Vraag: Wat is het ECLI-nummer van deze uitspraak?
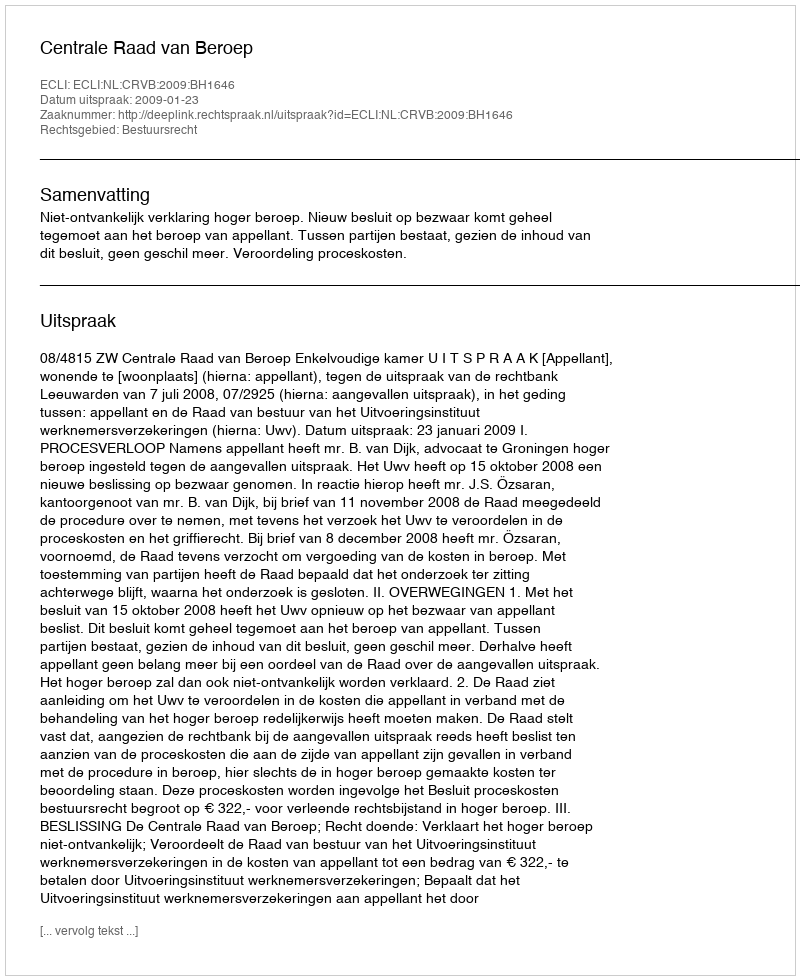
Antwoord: ECLI:NL:CRVB:2009:BH1646